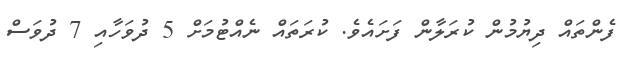
ފެންތައް ދިޔުމުން ކުރަލާން ފަށައެވެ. ކުރަތައް ނެއްޓުމަށް 5 ދުވަހާއި 7 ދުވަސް